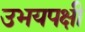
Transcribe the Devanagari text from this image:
उभयपक्षी